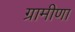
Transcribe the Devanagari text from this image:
ग्रामीणा